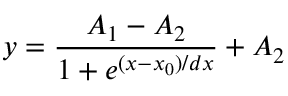
y = \frac { A _ { 1 } - A _ { 2 } } { 1 + e ^ { ( x - x _ { 0 } ) / d x } } + A _ { 2 }